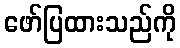
ဖော်ပြထားသည်ကို